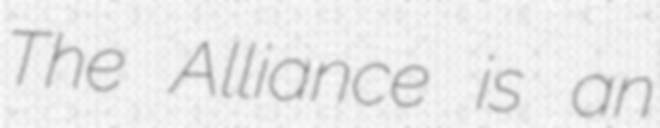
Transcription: The Alliance is an